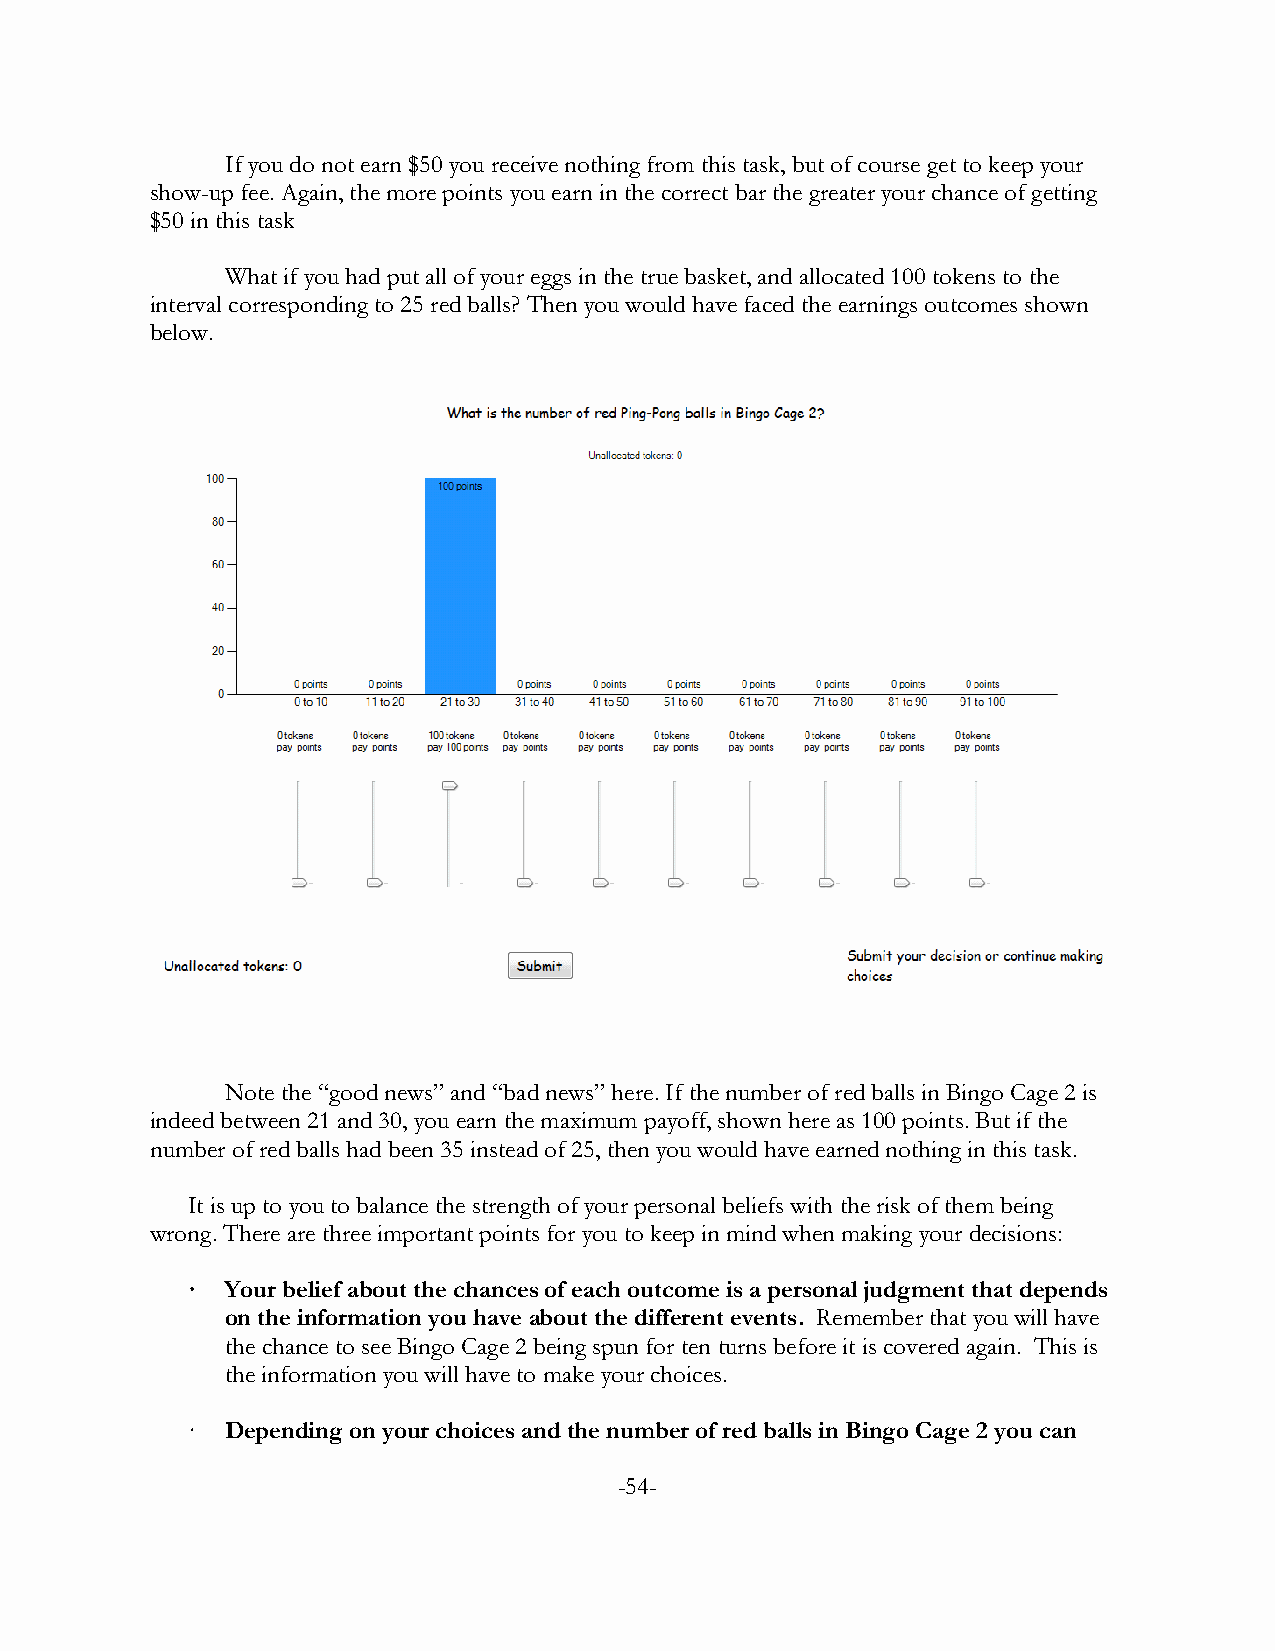
If you do not earn $50 you receive nothing from this task, but of course get to keep your
 show-up fee. Again, the more points you earn in the correct bar the greater your chance of getting
 $50 in this task
 What if you had put all of your eggs in the true basket, and allocated 100 tokens to the
 interval corresponding to 25 red balls? Then you would have faced the earnings outcomes shown
 below.
 Note the “good news” and “bad news” here. If the number of red balls in Bingo Cage 2 is
 indeed between 21 and 30, you earn the maximum payoff, shown here as 100 points. But if the
 number of red balls had been 35 instead of 25, then you would have earned nothing in this task.
 It is up to you to balance the strength of your personal beliefs with the risk of them being
 wrong. There are three important points for you to keep in mind when making your decisions:
 ·  Your belief about the chances of each outcome is a personal judgment that depends
 on the information you have about the different events. Remember that you will have
 the chance to see Bingo Cage 2 being spun for ten turns before it is covered again. This is
 the information you will have to make your choices.
 ·  Depending on your choices and the number of red balls in Bingo Cage 2 you can
 -54-